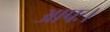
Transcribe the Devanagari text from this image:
आपः।